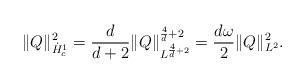
LaTeX: \begin{align*}\|Q\|^2_{\dot{H}^1_c}= \frac{d}{d+2}\|Q\|^{\frac{4}{d}+2}_{L^{\frac{4}{d}+2}} =\frac{d\omega}{2}\|Q\|^2_{L^2}. \end{align*}